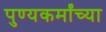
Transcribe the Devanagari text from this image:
पुण्यकर्मांच्या